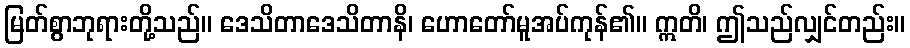
မြတ်စွာဘုရားတို့သည်။ ဒေသိတာဒေသိတာနိ၊ ဟောတော်မူအပ်ကုန်၏။ ဣတိ၊ ဤသည်လျှင်တည်း။